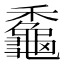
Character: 𪚼